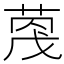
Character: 𫈦